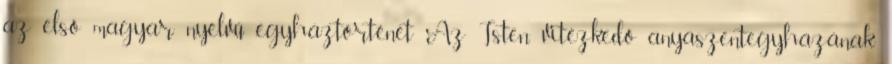
az első magyar nyelvű egyháztörténet Az Isten vitézkedő anyaszentegyházának